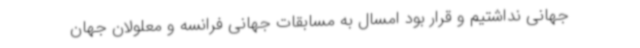
جهانی نداشتیم و قرار بود امسال به مسابقات جهانی فرانسه و معلولان جهان